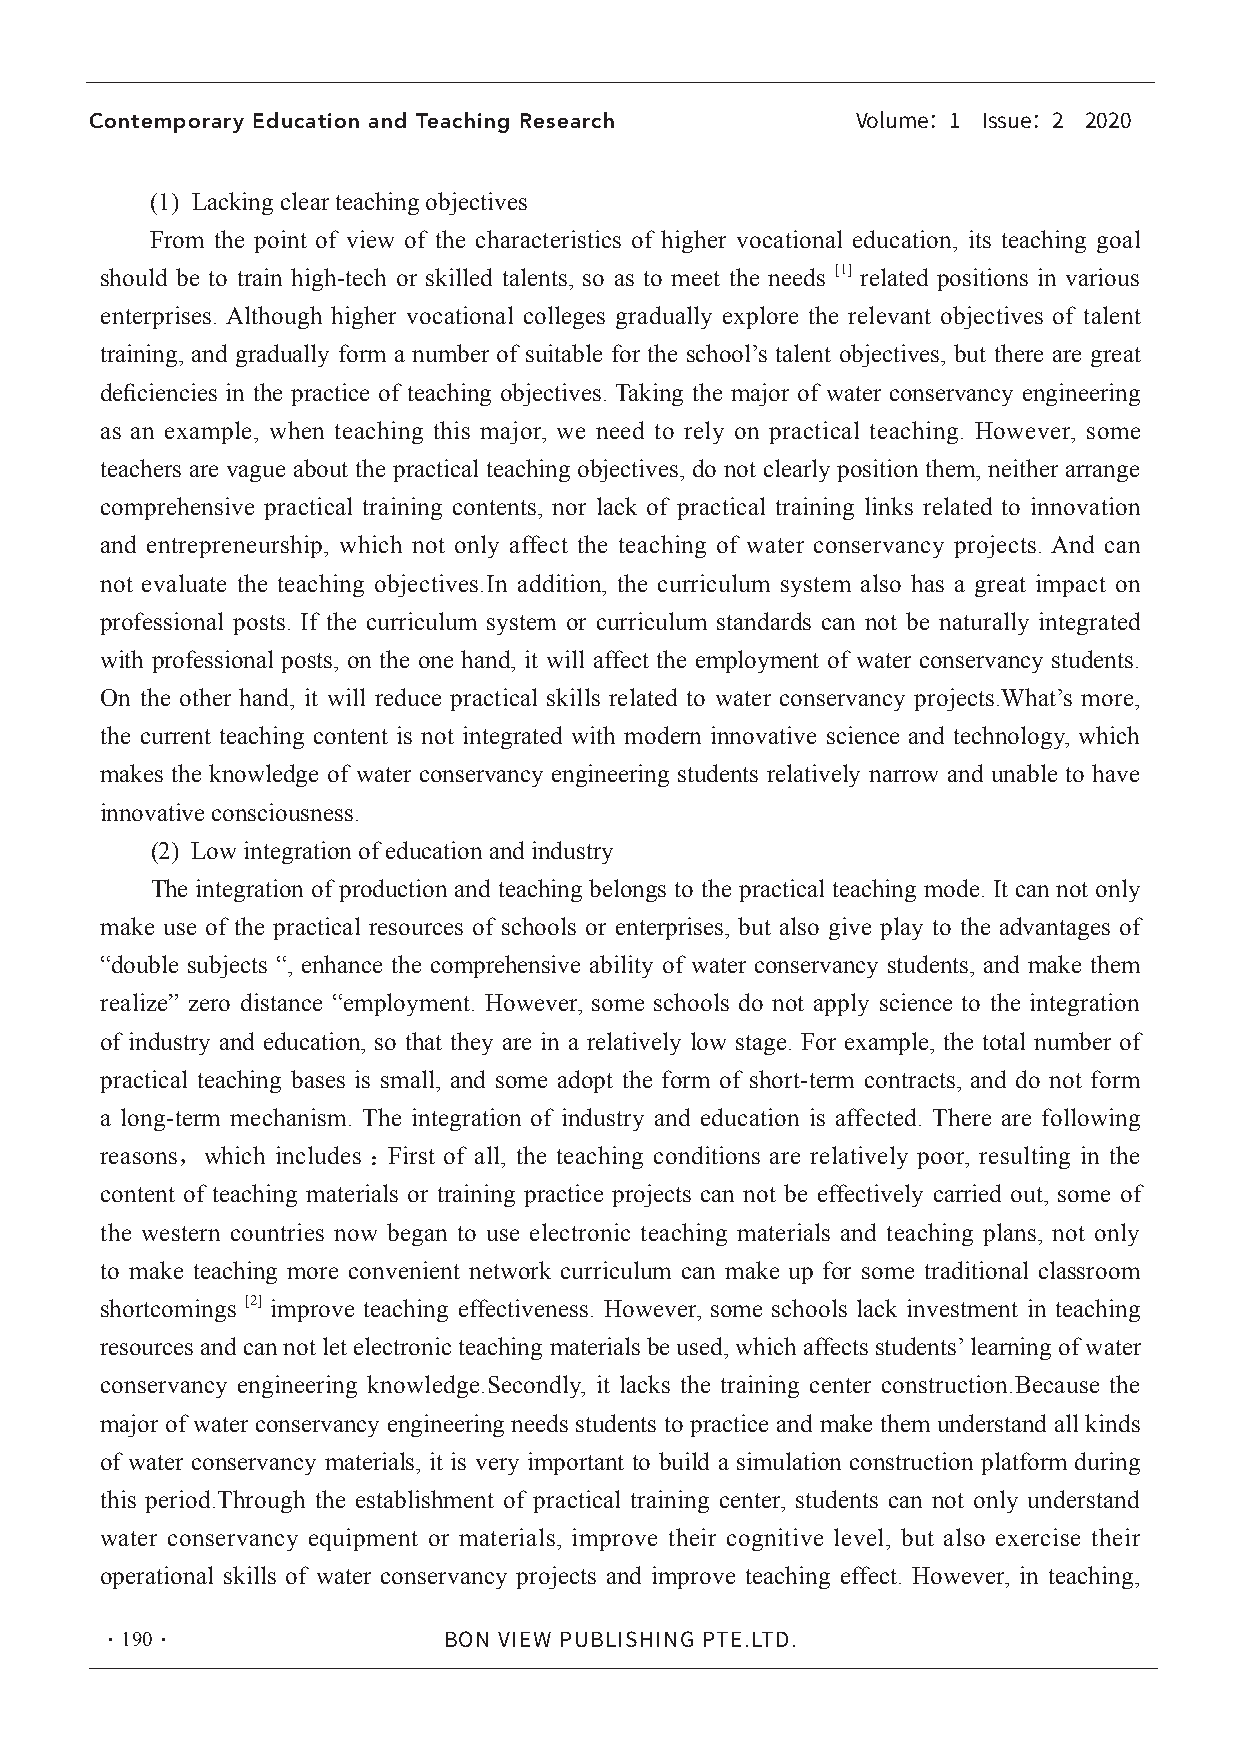
Contemporary Education and Teaching Research
 Volume：1 Issue：2 2020
 (1) Lacking clear teaching objectives
 From the point of view of the characteristics of higher vocational education, its teaching goal
 should be to train high-tech or skilled talents, so as to meet the needs [1] related positions in various
 enterprises. Although higher vocational colleges gradually explore the relevant objectives of talent
 training, and gradually form a number of suitable for the school’s talent objectives, but there are great
 deficiencies in the practice of teaching objectives. Taking the major of water conservancy engineering
 as an example, when teaching this major, we need to rely on practical teaching. However, some
 teachers are vague about the practical teaching objectives, do not clearly position them, neither arrange
 comprehensive practical training contents, nor lack of practical training links related to innovation
 and entrepreneurship, which not only affect the teaching of water conservancy projects. And can
 not evaluate the teaching objectives.In addition, the curriculum system also has a great impact on
 professional posts. If the curriculum system or curriculum standards can not be naturally integrated
 with professional posts, on the one hand, it will affect the employment of water conservancy students.
 On the other hand, it will reduce practical skills related to water conservancy projects.What’s more,
 the current teaching content is not integrated with modern innovative science and technology, which
 makes the knowledge of water conservancy engineering students relatively narrow and unable to have
 innovative consciousness.
 (2) Low integration of education and industry
 The integration of production and teaching belongs to the practical teaching mode. It can not only
 make use of the practical resources of schools or enterprises, but also give play to the advantages of
 “double subjects “, enhance the comprehensive ability of water conservancy students, and make them
 realize” zero distance “employment. However, some schools do not apply science to the integration
 of industry and education, so that they are in a relatively low stage. For example, the total number of
 practical teaching bases is small, and some adopt the form of short-term contracts, and do not form
 a long-term mechanism. The integration of industry and education is affected. There are following
 reasons，which includes ：First of all, the teaching conditions are relatively poor, resulting in the
 content of teaching materials or training practice projects can not be effectively carried out, some of
 the western countries now began to use electronic teaching materials and teaching plans, not only
 to make teaching more convenient network curriculum can make up for some traditional classroom
 shortcomings [2] improve teaching effectiveness. However, some schools lack investment in teaching
 resources and can not let electronic teaching materials be used, which affects students’ learning of water
 conservancy engineering knowledge.Secondly, it lacks the training center construction.Because the
 major of water conservancy engineering needs students to practice and make them understand all kinds
 of water conservancy materials, it is very important to build a simulation construction platform during
 this period.Through the establishment of practical training center, students can not only understand
 water conservancy equipment or materials, improve their cognitive level, but also exercise their
 operational skills of water conservancy projects and improve teaching effect. However, in teaching,
 ·190·
 BON VIEW PUBLISHING PTE.LTD.